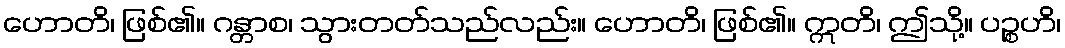
ဟောတိ၊ ဖြစ်၏။ ဂန္တာစ၊ သွားတတ်သည်လည်း။ ဟောတိ၊ ဖြစ်၏။ ဣတိ၊ ဤသို့။ ပဉ္စဟိ၊